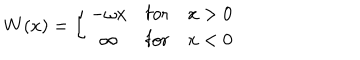
W ( x ) = \left\{ \begin{array} { c l l } { { - \omega x } } & { { \mathrm { f o r } } } & { { x > 0 } } \\ { { \infty } } & { { \mathrm { f o r } } } & { { x < 0 } } \\ \end{array} \right.